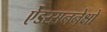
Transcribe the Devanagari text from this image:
ऐंडरसननेक्षो